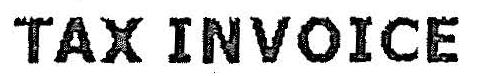
TAX INVOICE